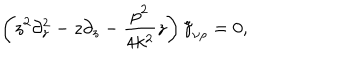
LaTeX: \left( z ^ { 2 } \partial _ { z } ^ { 2 } - z \partial _ { z } - \frac { p ^ { 2 } } { 4 k ^ { 2 } } z \right) \tilde { \gamma } _ { \nu \rho } = 0 ,